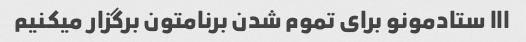
ااا ستادمونو برای تموم شدن برنامتون برگزار میکنیم